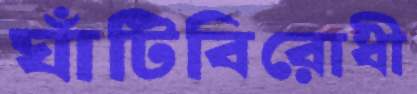
ঘাঁটিবিরোধী